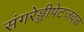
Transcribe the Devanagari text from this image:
संगरेड्डीपेटजवळ